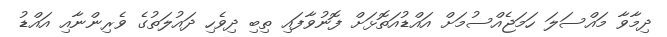
ދިމާވާ މައްސަލަ ހަމަޖެއްސުމަށް އައްޑުއަތޮޅަށް ފޮނުވާފައި ތިބި ދިވެހި ދައުލަތުގެ ވެރިންނާއި އައްޑު